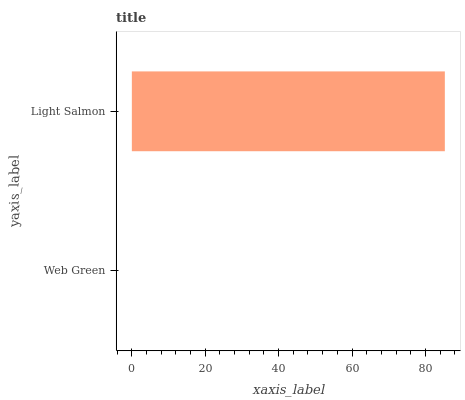
| yaxis_label | bars |
 | --- | --- |
 | Web Green | 0 |
 | Light Salmon | 85.3 |